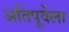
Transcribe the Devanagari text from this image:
अतिपूर्वेला